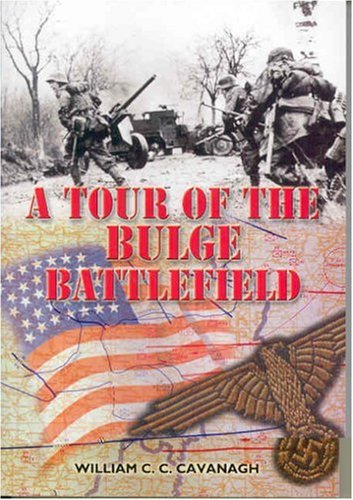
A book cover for A Tour of the Bulge Battlefield; William Cavanagh; History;